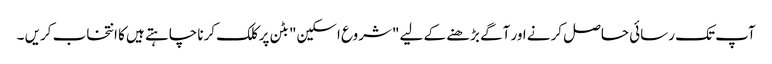
آپ تک رسائی حاصل کرنے اور آگے بڑھنے کے لیے "شروع اسکین" بٹن پر کلک کرنا چاہتے ہیں کا انتخاب کریں ۔